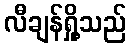
လီချန်ရှို့သည်